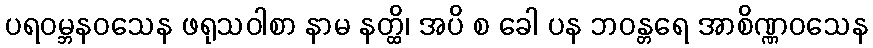
ပရဝမ္ဘနဝသေန ဖရုသဝါစာ နာမ နတ္ထိ၊ အပိ စ ခေါ ပန ဘဝန္တရေ အာစိဏ္ဏဝသေန